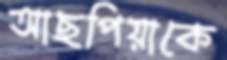
আছপিয়াকে